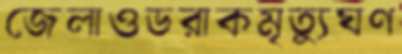
জেলাওডরাকমৃত্যুঘণ